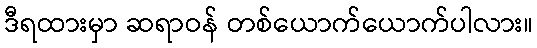
ဒီရထားမှာ ဆရာဝန် တစ်ယောက်ယောက်ပါလား။